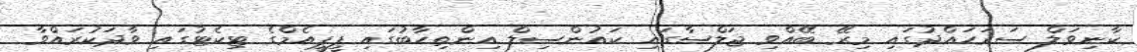
ކާނިވަލް ސަރަހައްދުގައި މިރޭ ބޭއްވި ޖަލްސާގައި ކައުންސިލް އިންތިހާބުގައި ޕީޕީއެމްގެ ޓިކެޓުގައި ވާދަކުރައްވާ